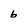
Character: 6